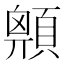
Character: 𩔅